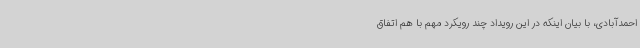
احمدآبادی، با بیان اینکه در این رویداد چند رویکرد مهم با هم اتفاق